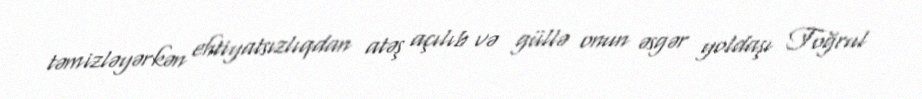
təmizləyərkən ehtiyatsızlıqdan atəş açılıb və güllə onun əsgər yoldaşı Toğrul